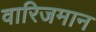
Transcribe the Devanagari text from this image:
वारिजमान